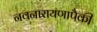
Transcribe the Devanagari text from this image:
नवनारायणापैकी